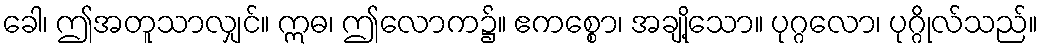
ခေါ၊ ဤအတူသာလျှင်။ ဣဓ၊ ဤလောက၌။ ဧကစ္စော၊ အချို့သော။ ပုဂ္ဂလော၊ ပုဂ္ဂိုလ်သည်။